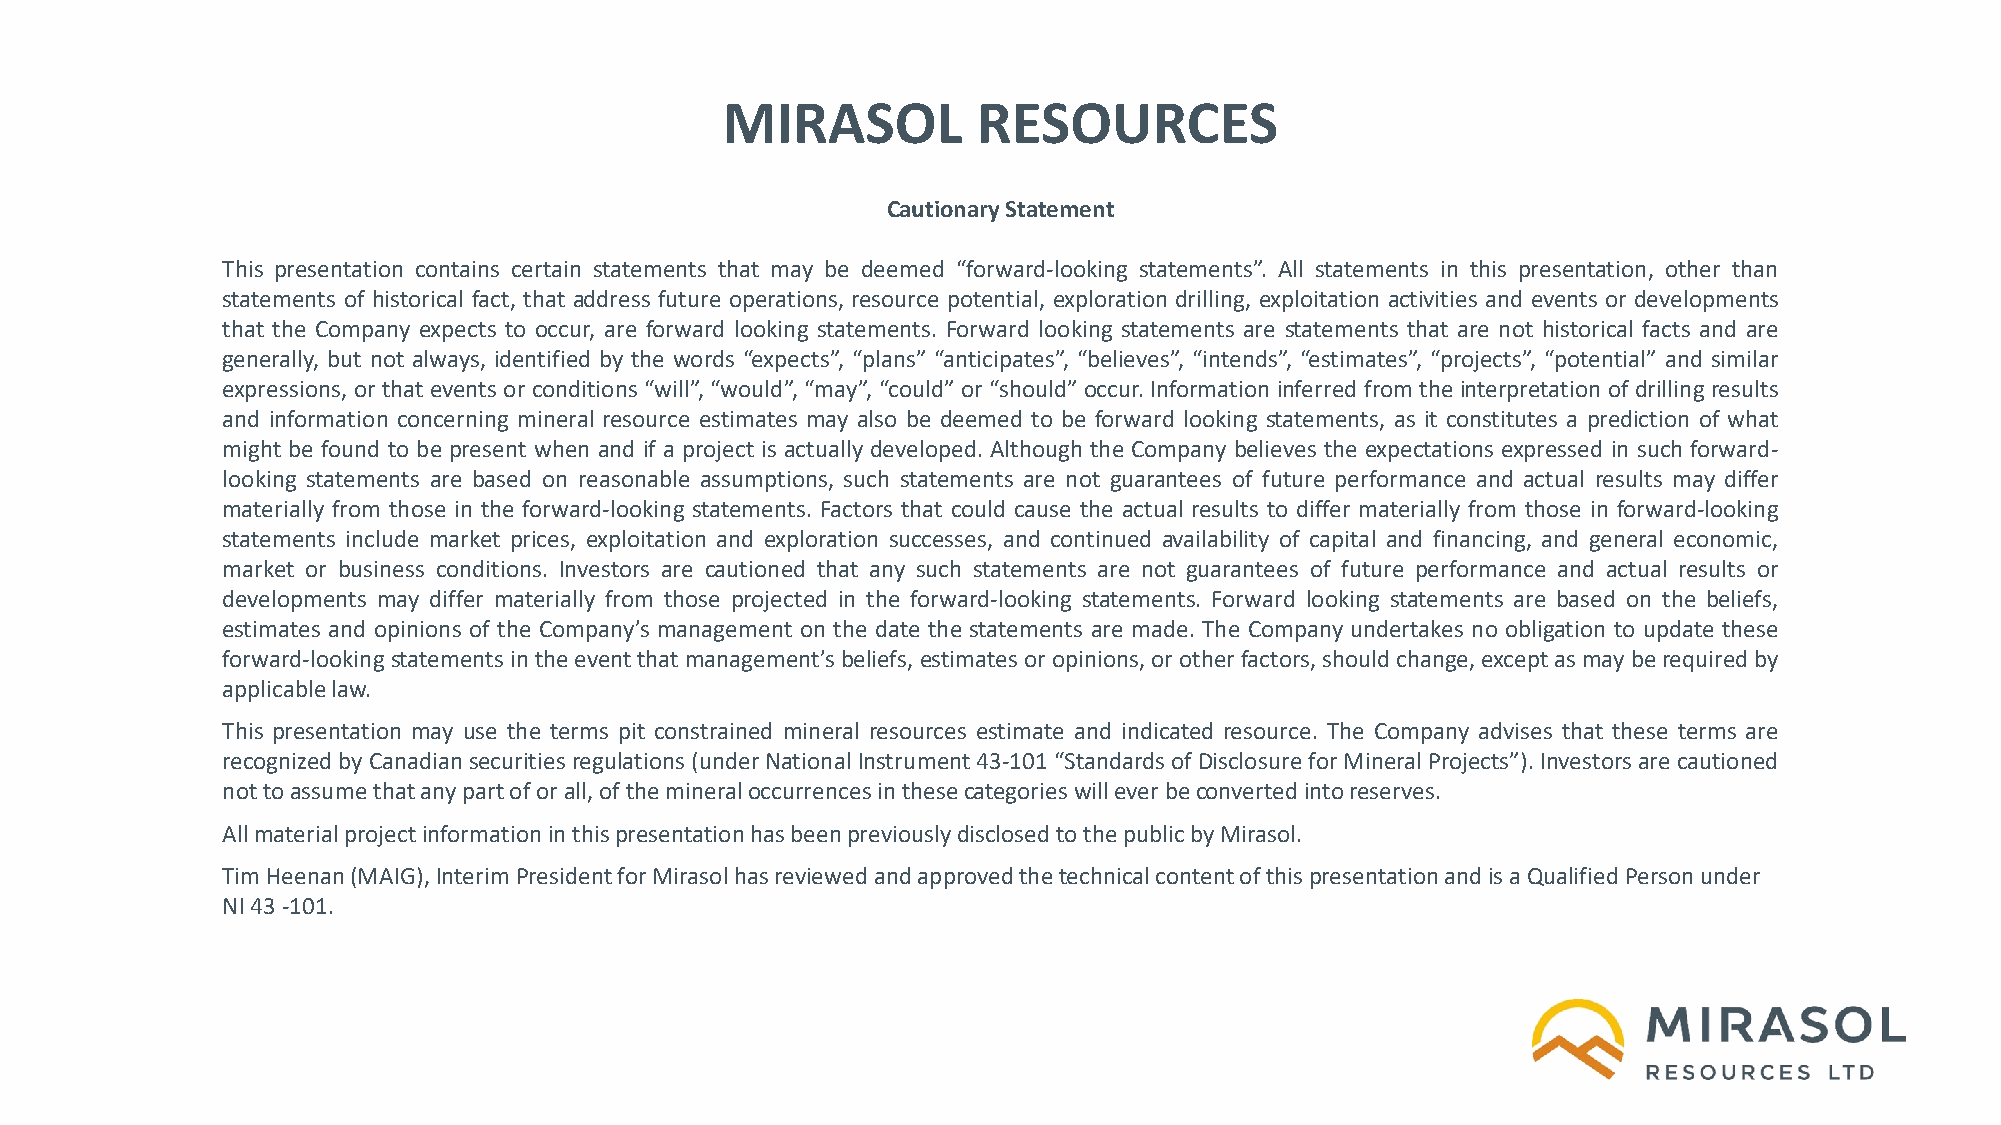
MIRASOL          RESOURCES
 Cautionary Statement
 This presentation contains certain statements that may be deemed “forward-looking statements”. All statements in this presentation, other than
 statements of historical fact, that address future operations, resource potential, exploration drilling, exploitation activities and events or developments
 that the Company expects to occur, are forward looking statements. Forward looking statements are statements that are not historical facts and are
 generally, but not always, identified by the words “expects”, “plans” “anticipates”, “believes”, “intends”, “estimates”, “projects”, “potential” and similar
 expressions, or that events or conditions “will”, “would”, “may”,“could” or “should” occur. Information inferred from the interpretation of drillingresults
 and information concerning mineral resource estimates may also be deemed to be forward looking statements, as it constitutes a prediction of what
 might be found to be present when and if a project is actually developed. Although the Company believes the expectations expressed in such forward-
 looking statements are based on reasonable assumptions, such statements are not guarantees of future performance and actual results may differ
 materially from those in the forward-looking statements. Factors that could cause the actual results to differ materially from those in forward-looking
 statements include market prices, exploitation and exploration successes, and continued availability of capital and financing, and general economic,
 market or business conditions. Investors are cautioned that any such statements are not guarantees of future performance and actual results or
 developments may differ materially from those projected in the forward-looking statements. Forward looking statements are based on the beliefs,
 estimates and opinions of the Company’s management on the date the statements are made. The Company undertakes no obligation to update these
 forward-lookingstatementsintheeventthatmanagement’sbeliefs,estimatesoropinions,orotherfactors,shouldchange,exceptasmayberequiredby
 applicablelaw.
 This presentation may use the terms pit constrained mineral resources estimate and indicated resource. The Company advises that these terms are
 recognizedbyCanadiansecuritiesregulations(underNational Instrument 43-101 “StandardsofDisclosureforMineral Projects”).Investorsare cautioned
 nottoassumethatanypartoforall,ofthemineraloccurrencesinthesecategorieswilleverbeconvertedintoreserves.
 AllmaterialprojectinformationinthispresentationhasbeenpreviouslydisclosedtothepublicbyMirasol.
 TimHeenan(MAIG),InterimPresidentforMirasolhasreviewedandapprovedthetechnicalcontentofthispresentationandisaQualifiedPersonunder
 NI43-101.